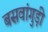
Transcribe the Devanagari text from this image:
बसवांगुड़ी